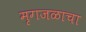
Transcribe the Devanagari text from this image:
मृगजळाचा